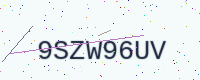
Text: 9SZW96UV